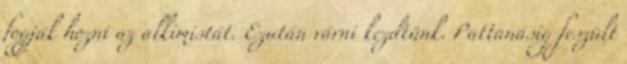
fogják hozni az alkimistát. Ezután várni kezdtünk. Pattanásig feszült